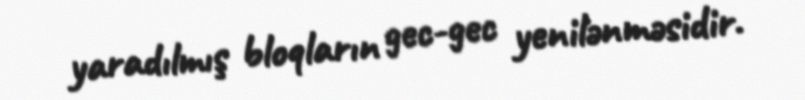
yaradılmış bloqların gec-gec yenilənməsidir.